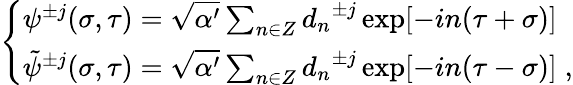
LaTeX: \left\{ \begin{array}{l}{{{\psi}^{\pm j}(\sigma,\tau)=\sqrt{\alpha^{\prime}}\sum_{n\in Z}{d_{n}}^{\pm j}\exp[-in(\tau+\sigma)]}}\\ {{{\tilde{\psi}}^{\pm j}(\sigma,\tau)=\sqrt{\alpha^{\prime}}\sum_{n\in Z}{d_{n}}^{\pm j}\exp[-in(\tau-\sigma)]\; ,}}\end{array}\right.